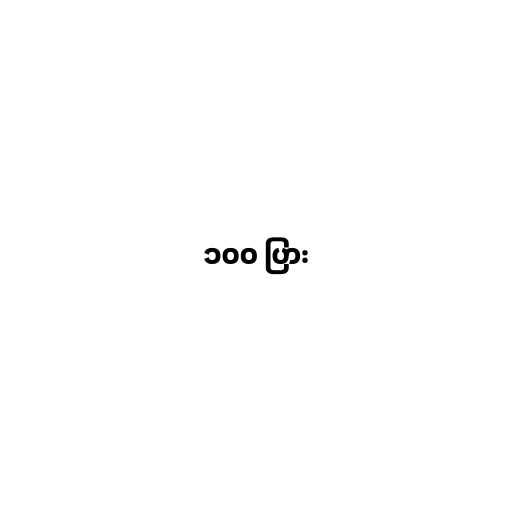
၁၀၀ ပြား